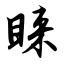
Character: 睐